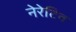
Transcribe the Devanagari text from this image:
नेरेटिव